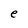
Character: e